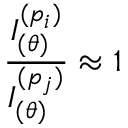
\frac { I _ { ( \theta ) } ^ { ( p _ { i } ) } } { I _ { ( \theta ) } ^ { ( p _ { j } ) } } \approx 1